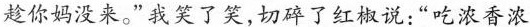
趁你妈没来。”我笑了笑,切碎了红椒说:“吃浓香浓